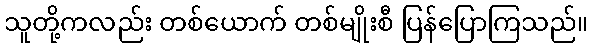
သူတို့ကလည်း တစ်ယောက် တစ်မျိုးစီ ပြန်ပြောကြသည်။